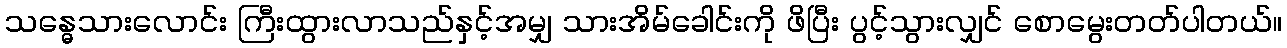
သန္ဓေသားလောင်း ကြီးထွားလာသည်နှင့်အမျှ သားအိမ်ခေါင်းကို ဖိပြီး ပွင့်သွားလျှင် စောမွေးတတ်ပါတယ်။